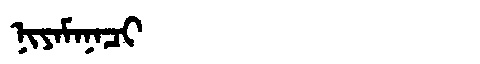
Manchu: ᠨᡳᠶᠠᠮᠠᠨᠠᠴᡳ
Romanization: NIYAMANACI